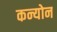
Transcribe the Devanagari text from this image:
कन्योन